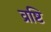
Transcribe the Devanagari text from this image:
व्रष्टि